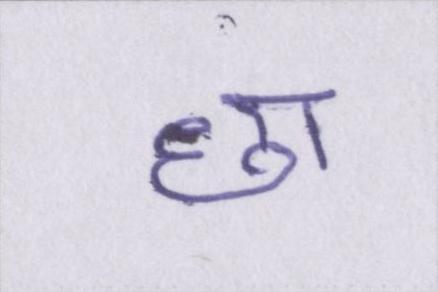
छा